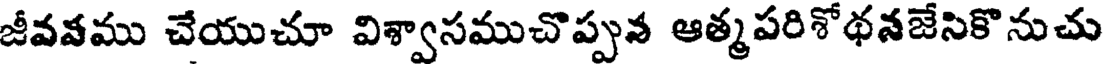
జీవవము చేయుచూ విశ్వాసముచొప్పున ఆత్మపరిశోథనజేసికొనుచు